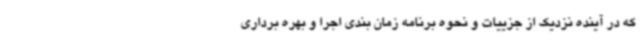
که در آینده نزدیک از جزییات و نحوه برنامه زمان بندی اجرا و بهره برداری